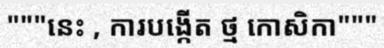
"""នេះ , ការបង្កើត ថ្ម កោសិកា"""